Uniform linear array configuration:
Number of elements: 64
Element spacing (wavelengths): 0.5
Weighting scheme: hamming
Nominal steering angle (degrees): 60
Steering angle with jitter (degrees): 59.997
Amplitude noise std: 0.05
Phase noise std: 0.05

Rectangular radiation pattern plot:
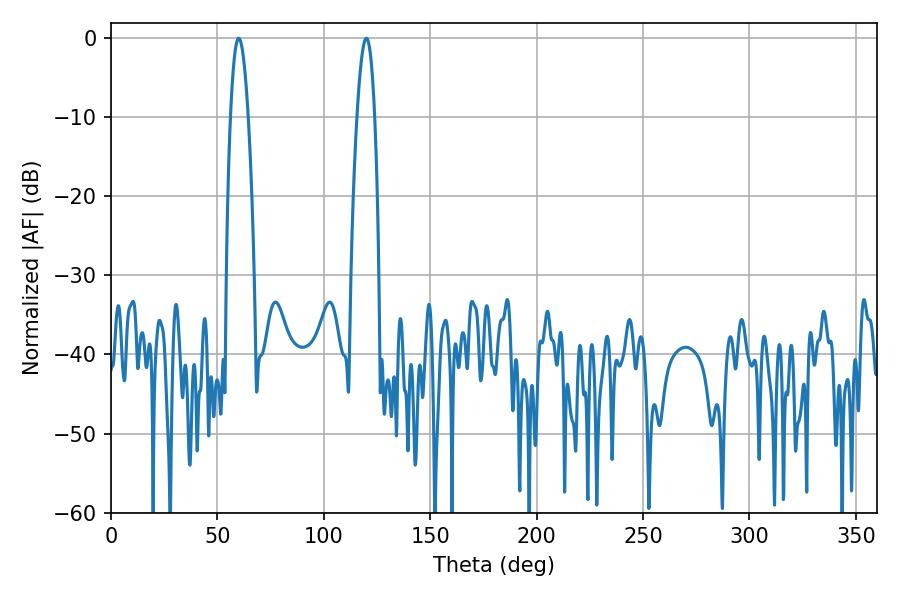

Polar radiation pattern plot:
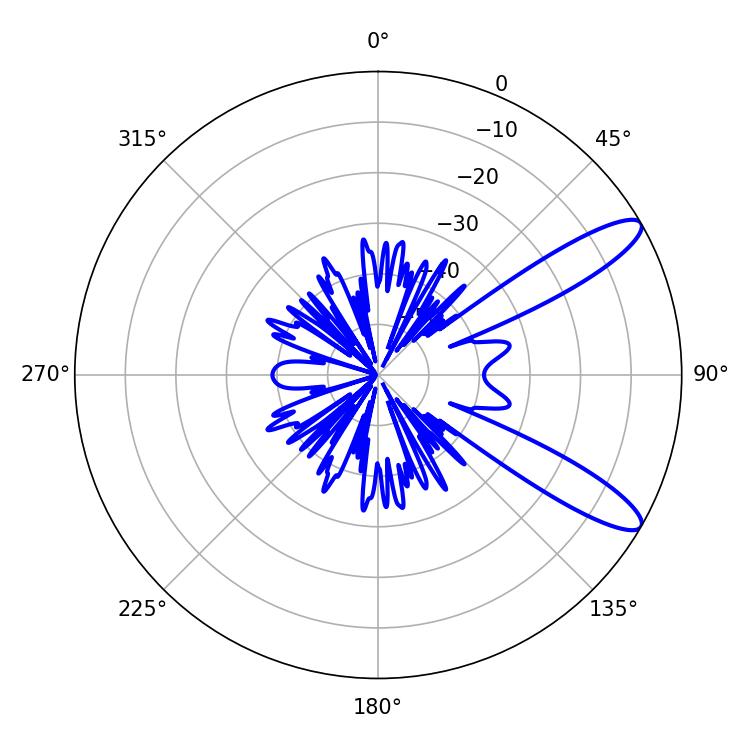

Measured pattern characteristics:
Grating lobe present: FALSE
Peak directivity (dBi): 11.243
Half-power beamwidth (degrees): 4.68
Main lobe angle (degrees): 59.94